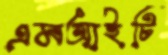
এমআইটি